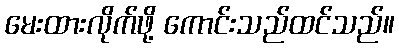
မေးထားလိုက်ဖို့ ကောင်းသည်ထင်သည်။